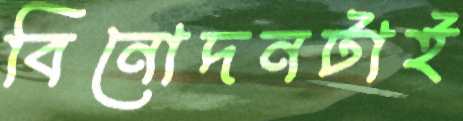
বিনোদনটাই